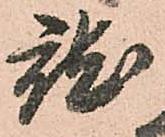
就